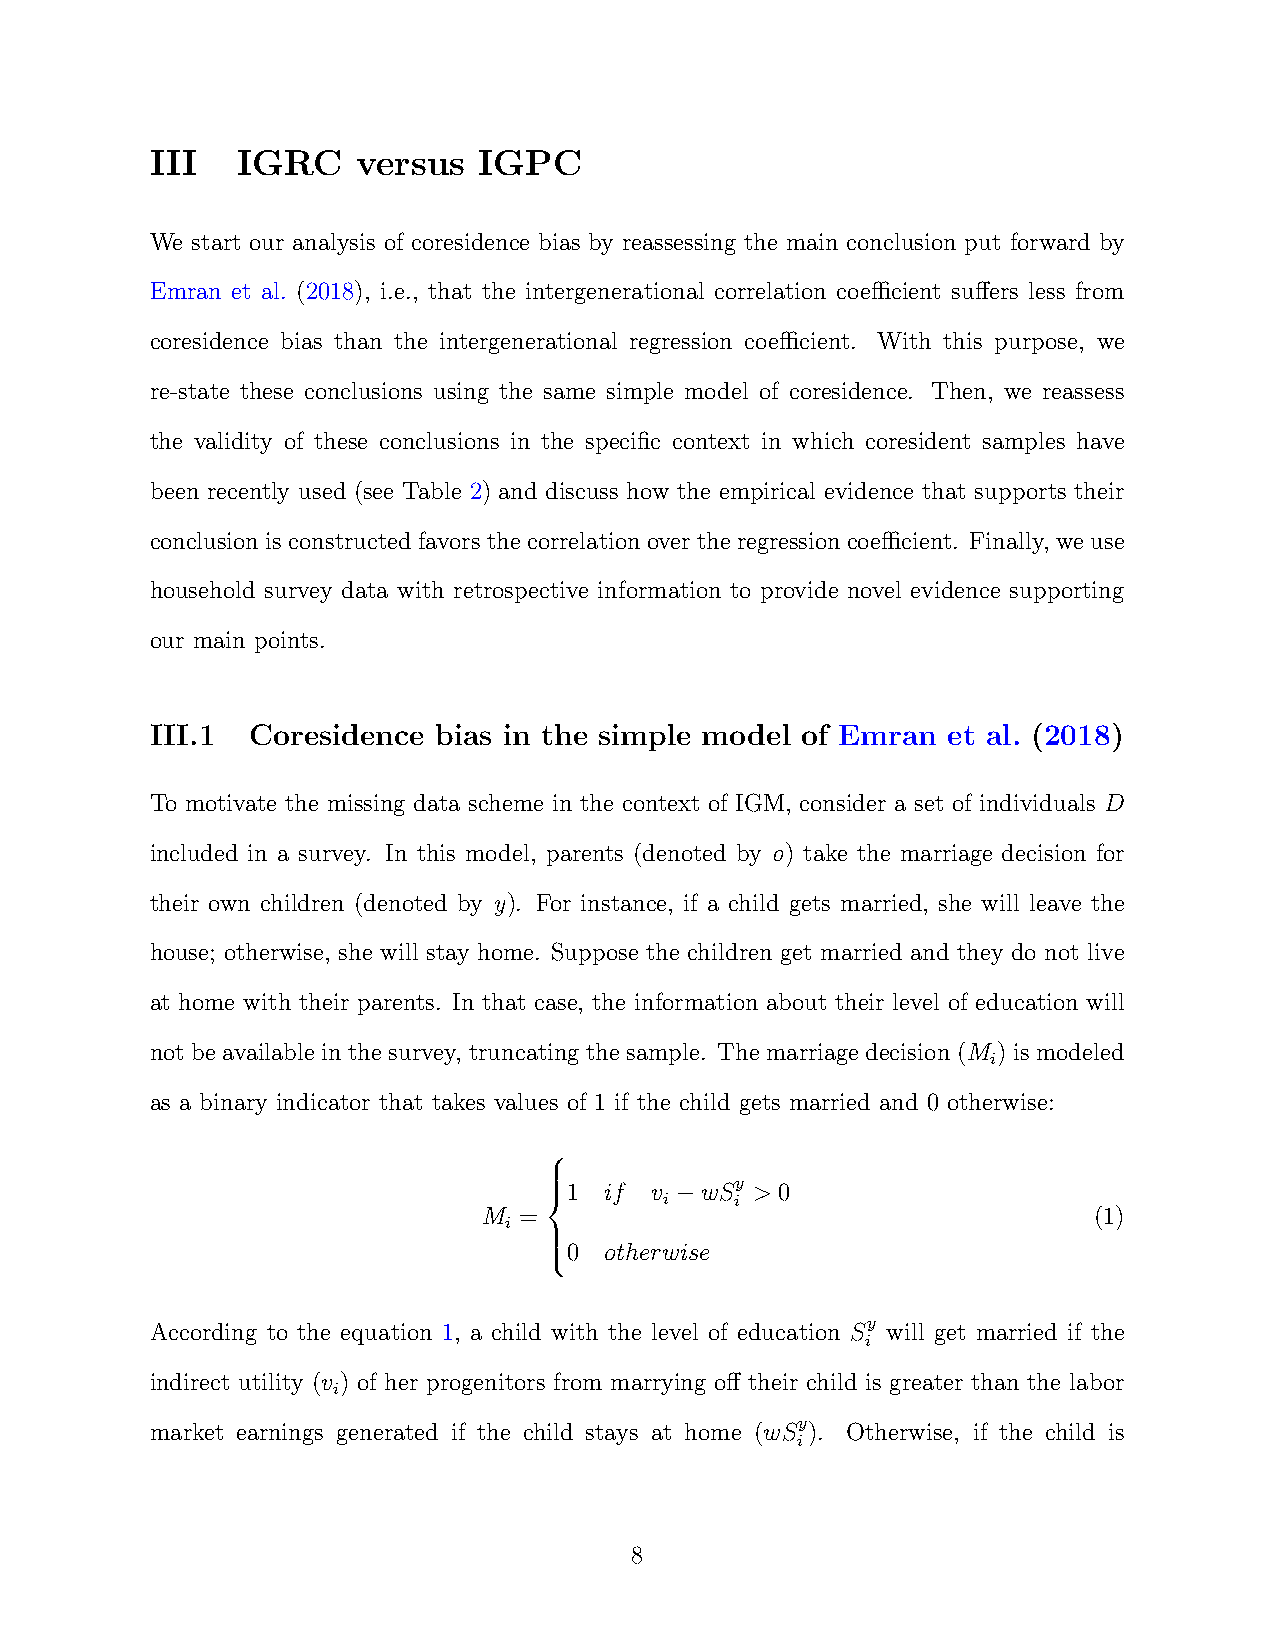
III   IGRC    versus  IGPC
 We start our analysis of coresidence bias by reassessing the main conclusion put forward by
 Emran et al. (2018), i.e., that the intergenerational correlation coefficient suffers less from
 coresidence bias than the intergenerational regression coefficient. With this purpose, we
 re-state these conclusions using the same simple model of coresidence. Then, we reassess
 the validity of these conclusions in the specific context in which coresident samples have
 been recently used (see Table 2) and discuss how the empirical evidence that supports their
 conclusionisconstructedfavorsthecorrelationovertheregressioncoefficient. Finally, weuse
 household survey data with retrospective information to provide novel evidence supporting
 our main points.
 III.1 Coresidence  bias in the simple model of Emran et al. (2018)
 To motivate the missing data scheme in the context of IGM, consider a set of individuals D
 included in a survey. In this model, parents (denoted by o) take the marriage decision for
 their own children (denoted by y). For instance, if a child gets married, she will leave the
 house; otherwise, she will stay home. Suppose the children get married and they do not live
 at home with their parents. In that case, the information about their level of education will
 not be available in the survey, truncating the sample. The marriage decision (M ) is modeled
 i
 as a binary indicator that takes values of 1 if the child gets married and 0 otherwise:
 
   1 if v
 i
 −wS iy > 0
 M =                                     (1)
 i
 
  0 otherwise
 According to the equation 1, a child with the level of education Sy will get married if the
 i
 indirect utility (v ) of her progenitors from marrying off their child is greater than the labor
 i
 market earnings generated if the child stays at home (wSy). Otherwise, if the child is
 i
 8